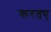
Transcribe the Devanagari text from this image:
करतए